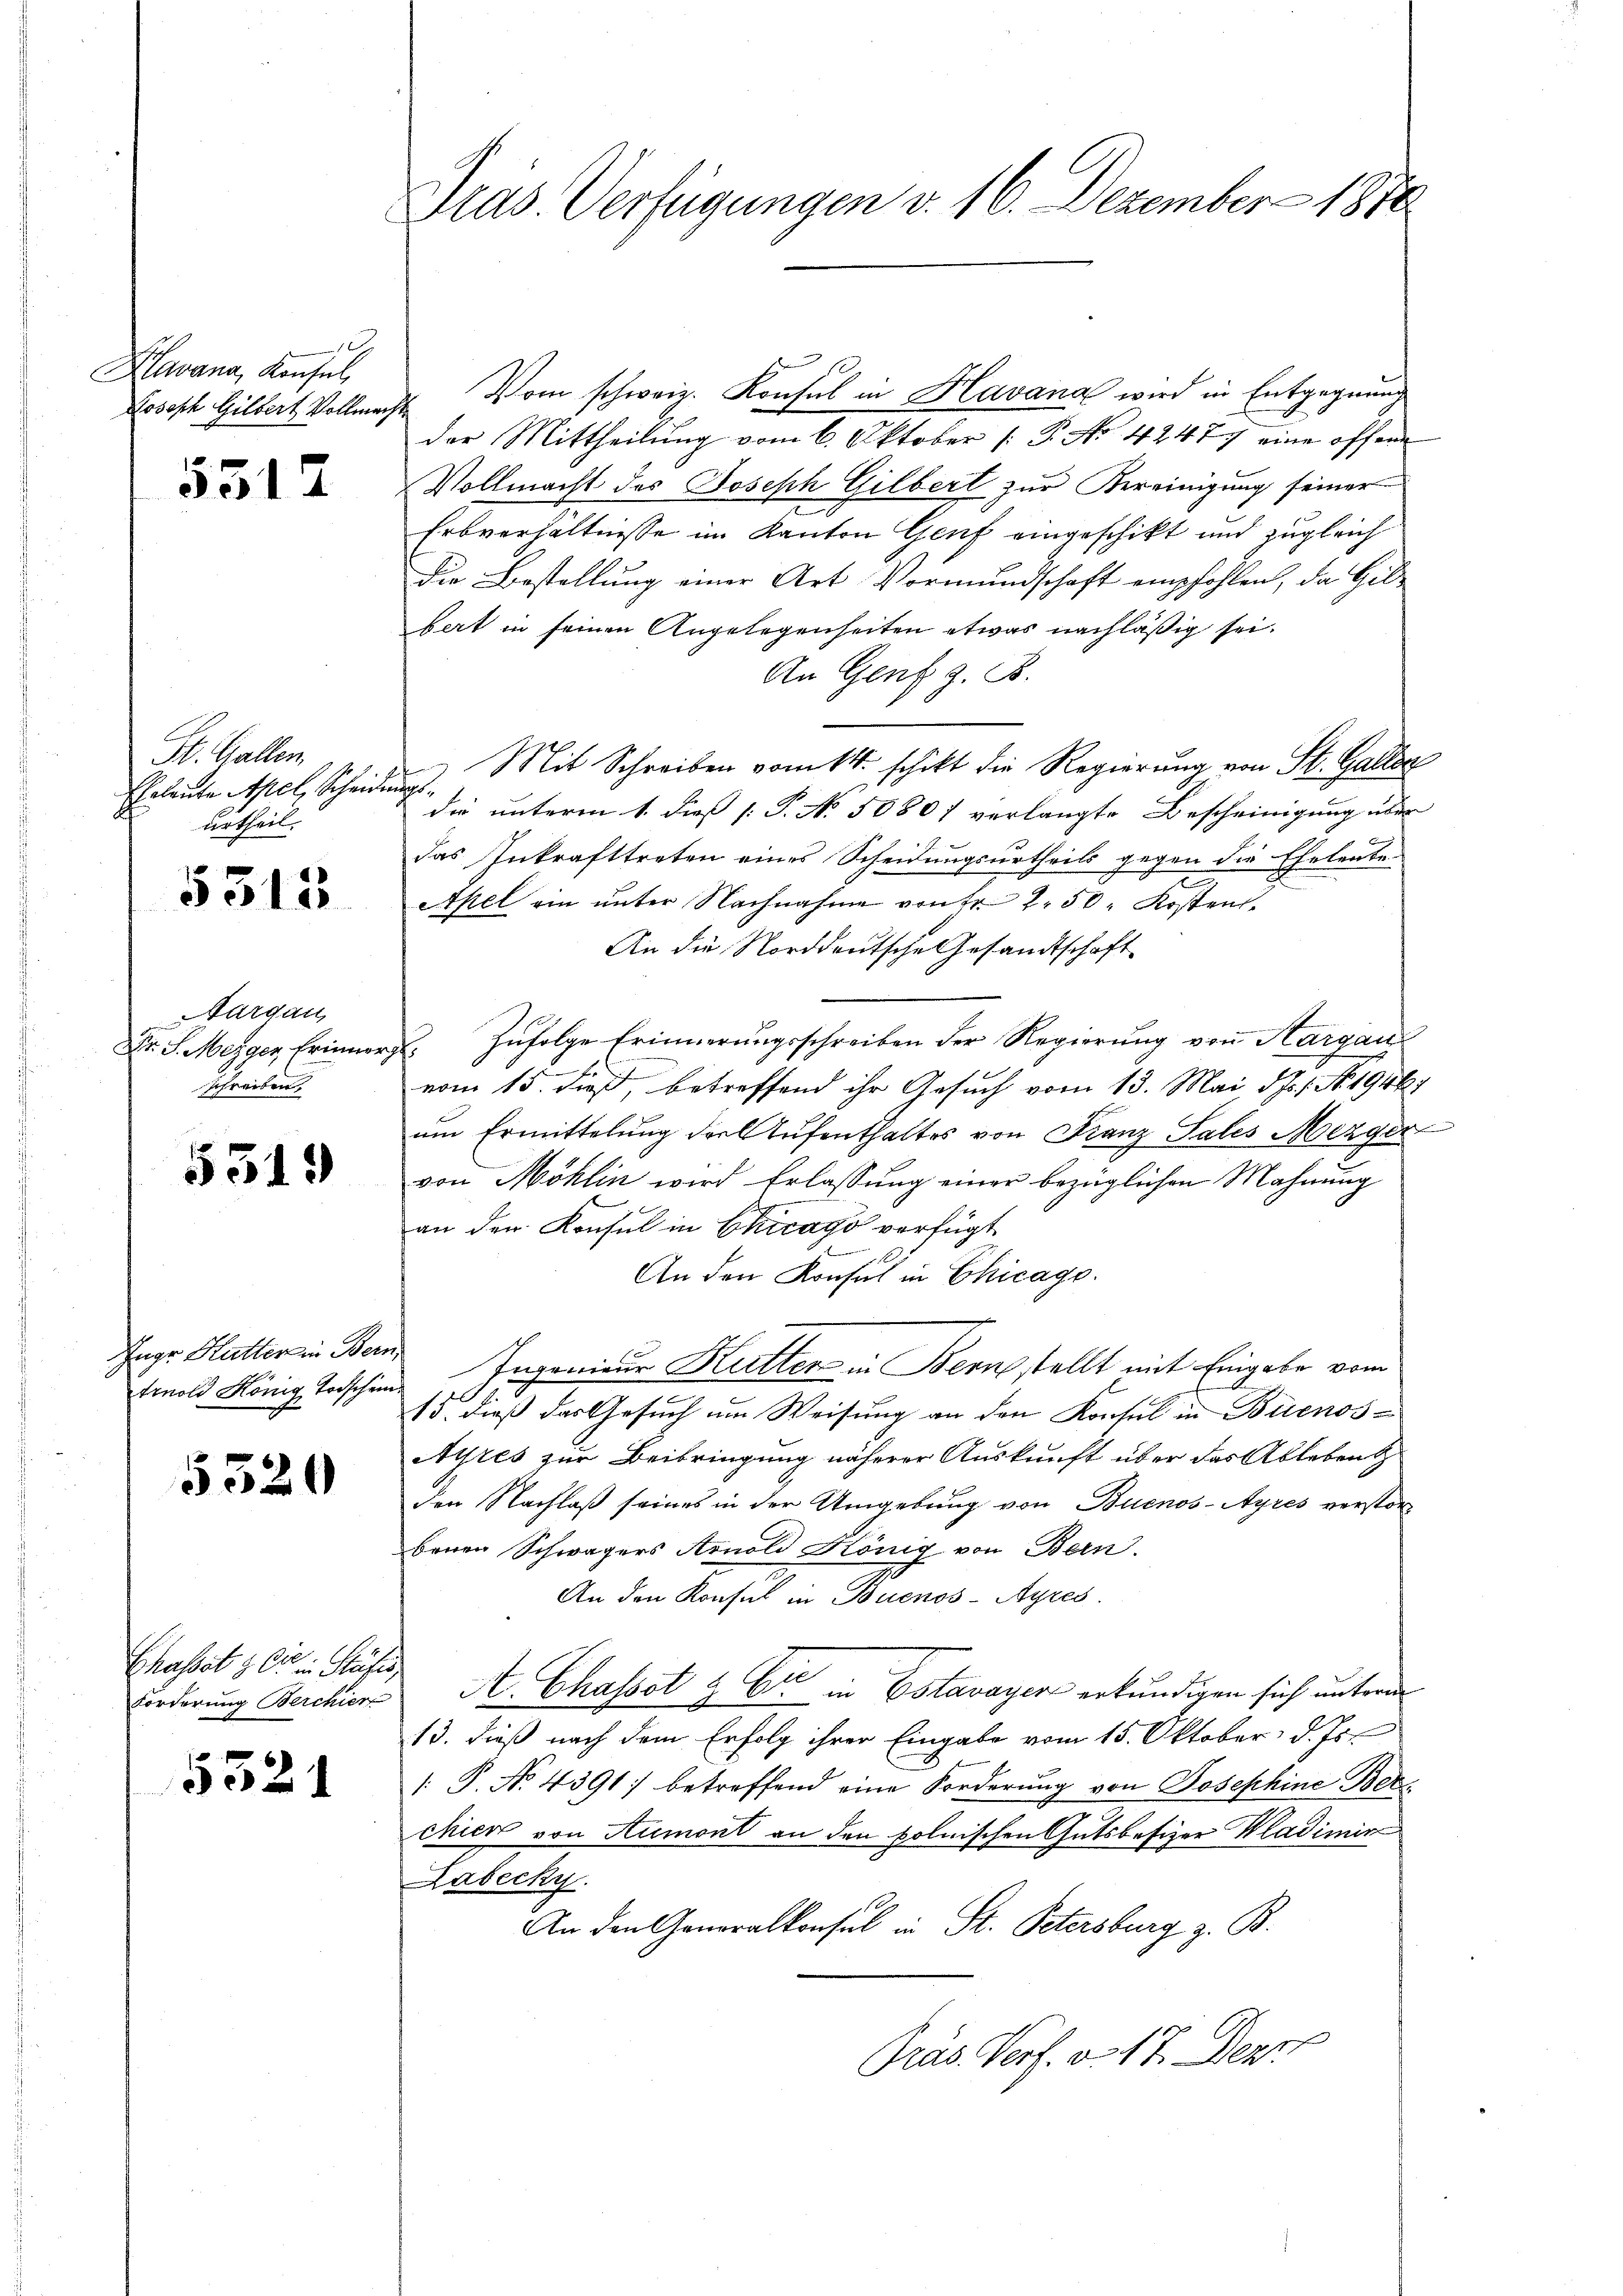
0
Havana, Konsul,
Joseph Gilbert Vollmacht

h

5512

St. Gallen.
Eheleute Apel, Scheidung
urtheil.

5315

Aargau,
Dr. S. Mezger Erinne.
schreiben.

5319

Enge Hütter in Bern,

5520

Chasst & Cie in Stäfis,

5321

Vom schweiz. Konsul in Havana wird in Entgegnung
der Mittheilung vom 6. Oktober [ P. No 4247. eine offene
Vollmacht des Joseph Gilbert zur Vereinigung seiner
Erbverhältnisse im Kanton Genf eingeschikt und zugleich
Die Bestellung einer Art Vormundschaft empfohlen, da Gilbert in seinen Angelegenheiten etwas nachläßig sei.
An Genf z. B.
Mit Schreiben vom 11. schikt die Regierung von St. Galle
die unterm 1. dieß [: P. No. 50807 verlangte Bescheinigung über
das Inkrafttreten eines Scheidungsurtheils gegen die Eheleute
Apel ein unter Nachnahme von Fr. 2 50 Kosten¬
An die Norddeutsche Gesandtschaft
ergl. zufolge Erinnerungsschreiben der Regierung von Aargau
.
vom 15. dieß, betreffend ihr Gesuch vom 13. Mai d. Js. f. No. 1941
um Ermittelung der Aufenthaltes von Franz Sales Mezger
von Möhlin wird Erlassung einer bezüglichen Mahnung
an den Konsul in Chicago verfügt
An den Konsul in Chicago.
tmold König Todschen Ingenieur Kutter in Bernstellt mit Eingabe vom
15. dieß das Gesuch um Weisung an den Konsul in Buenos¬
Ayres zur Beibringung näherer Auskunft über das Ablebent
den Nachlaß seines in der Umgebung von Buenos-Ayres verstorbenen Schwagers Arnold König von Bern.
An den Konsul in Buenos-Ayres.
Forderung Beschier St. Chassot & Cie in Estavayer erkundigen sich unterm
13. dieß nach dem Erfolg ihrer Eingabe vom 15. Oktober d. Js.
1: P. No. 4391 betreffend eine Forderung von Josephine Ber
chier von Rumont an den polnischen Gutsbesizer Wladimir
Labecky.
An den Generalkonsul in St. Petersburg z. B.
Präs. Perf. v. 17. Depr

Präs. Verfügungen v. 16. Dezember 1890